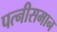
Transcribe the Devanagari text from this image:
पत्नीसमान